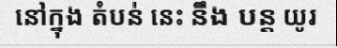
នៅក្នុង តំបន់ នេះ នឹង បន្ត យូរ